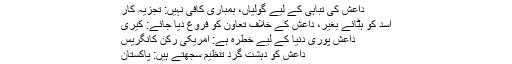
داعش کی تباہی کے لیے گولیاں، بمباری کافی نہیں: تجزیہ کار
اسد کو ہٹائے بغیر، داعش کے خلاف تعاون کو فروغ دیا جائے: کیری
داعش پوری دنیا کے لیے خطرہ ہے: امریکی رکنِ کانگریس
داعش کو دہشت گرد تنظیم سجھتے ہیں: پاکستان